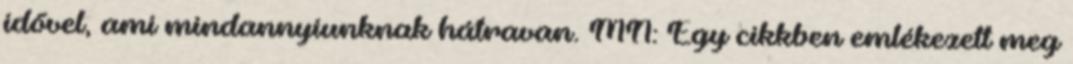
idővel, ami mindannyiunknak hátravan. MN: Egy cikkben emlékezett meg